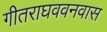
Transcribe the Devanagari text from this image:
गीतराघववनवास